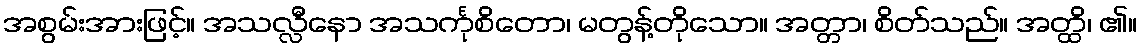
အစွမ်းအားဖြင့်။ အသလ္လီနော အသင်္ကုစိတော၊ မတွန့်တိုသော။ အတ္တာ၊ စိတ်သည်။ အတ္ထိ၊ ၏။